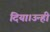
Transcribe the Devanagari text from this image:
दिया।उन्ही